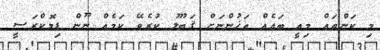
މި ކަންތައް މިއީ ބައެއް އަޚުންނަށް ޤަބޫލު ކުރެވޭ ކަމެއް ނޫން ޑިމޮކްރަސީ